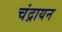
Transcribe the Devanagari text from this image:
चंद्रायन